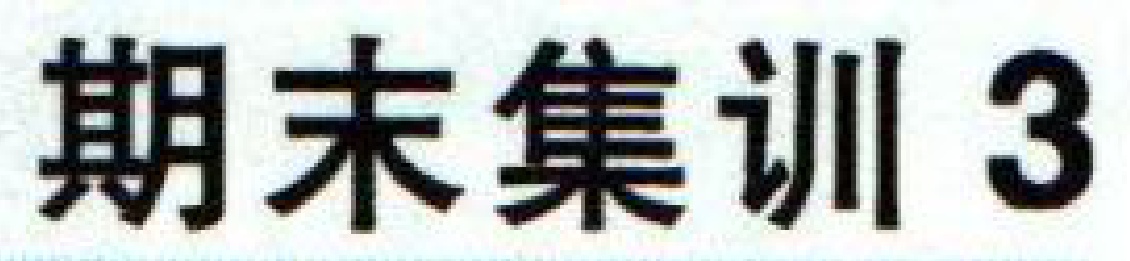
期末集训3